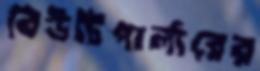
বিউটিপার্লারের